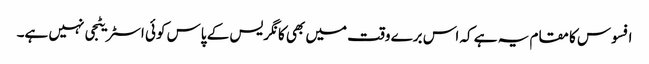
افسوس کا مقام یہ ہے کہ اس برے وقت میں بھی کانگریس کے پاس کوئی اسٹریٹجی نہیں ہے۔